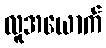
လူအယောက်